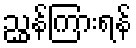
ညွှန်ကြားရန်